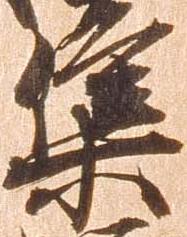
集